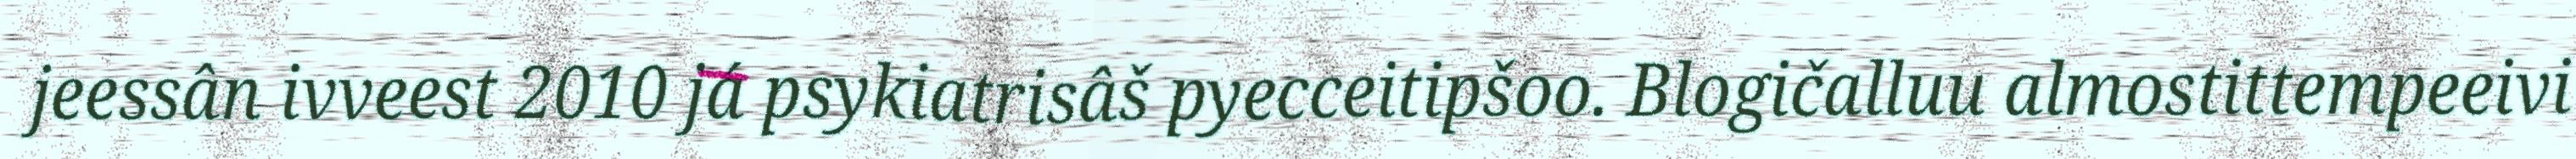
jeessân ivveest 2010 já psykiatrisâš pyecceitipšoo. Blogičalluu almostittempeeivi